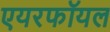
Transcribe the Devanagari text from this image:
एयरफॉयल